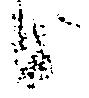
候